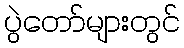
ပွဲတော်များတွင်